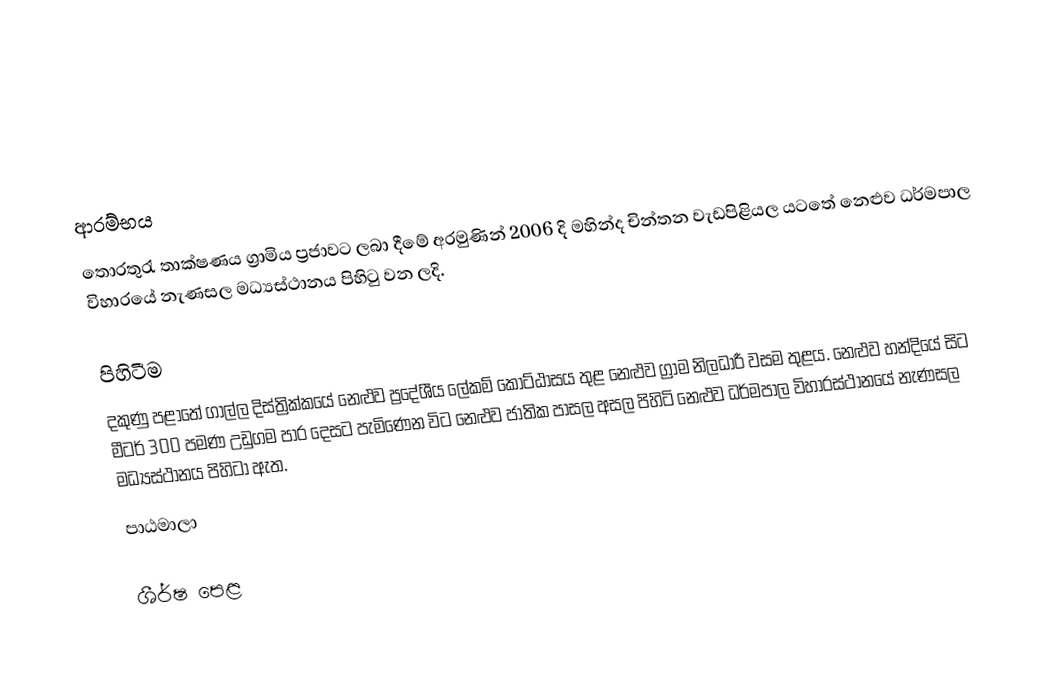

ආරම්භය
තොරතුරැ තාක්ෂණය ග්‍රාමිය ප්‍රජාවට ලබා දීමේ අරමුණින් 2006 දි මහින්ද චින්තන වැඩපිළියල යටතේ නෙළුව ධර්මපාල විහාරයේ නැණසල මධ්‍යස්ථානය පිහිටු වන ලදි.

පිහිටීම
දකුණු පළාතේ ගාල්ල දිස්ත්‍රික්කයේ නෙළුව ප්‍රදේශීය ලේකම් කො‍ට්ඨාසය තුළ නෙළුව ග්‍රාම නිලධාරී වසම තුළය. නෙළුව හන්දියේ සිට මීටර් 300 පමණ උඩුගම පාර දෙසට පැමිණෙන විට නෙළුව ජාතික පාසල අසල පිහිටි නෙළුව ධර්මපාල විහාරස්ථානයේ නැණසල මධ්‍යස්ථානය පිහි‍‍ටා ඇත.
පාඨමාලා

ශීර්ෂ පෙළ